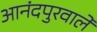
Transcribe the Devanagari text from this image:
आनंदपुरवाले